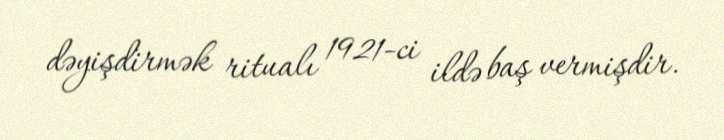
dəyişdirmək ritualı 1921-ci ildə baş vermişdir.